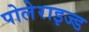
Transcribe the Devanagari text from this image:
पोलेराइज्ड